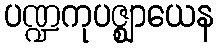
ပဏ္ဍကုပဇ္ဈာယေန